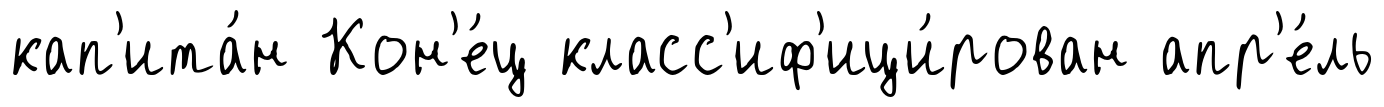
кап'ита́н Кон'е́ц класс'иф'ици́рован апр'е́ль